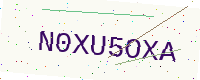
Text: N0XU5OXA